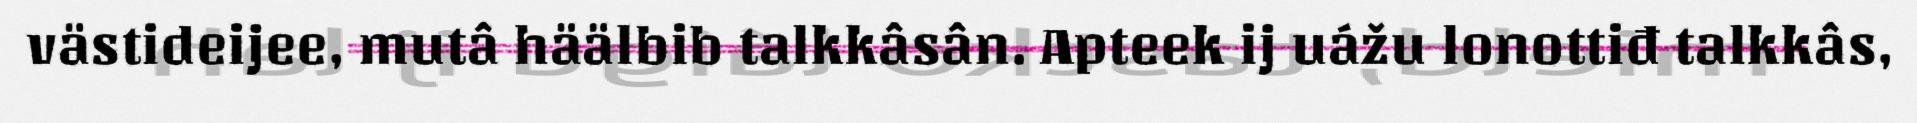
västideijee, mutâ häälbib talkkâsân. Apteek ij uážu lonottiđ talkkâs,